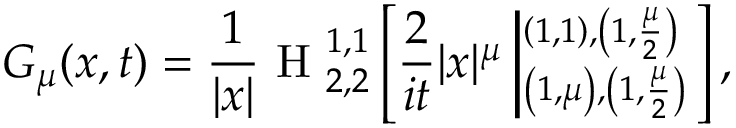
{ \cal { G } } _ { \mu } ( x , t ) = \frac { 1 } { | x | } { \mathrm { ~ H ~ } } _ { 2 , 2 } ^ { 1 , 1 } \left[ \frac { 2 } { i t } | x | ^ { \mu } \left| ^ { \left( 1 , 1 \right) , \left( 1 , \frac { \mu } { 2 } \right) } _ { \left( 1 , \mu \right) , \left( 1 , \frac { \mu } { 2 } \right) } \right. \right] ,